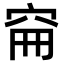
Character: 𥥚